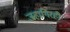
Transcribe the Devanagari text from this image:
जहागिरही